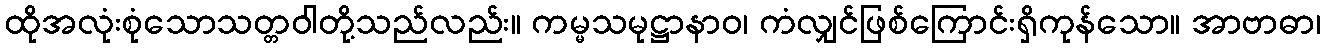
ထိုအလုံးစုံသောသတ္တဝါတို့သည်လည်း။ ကမ္မသမုဋ္ဌာနာဝ၊ ကံလျှင်ဖြစ်ကြောင်းရှိကုန်သော။ အာဗာဓာ၊